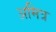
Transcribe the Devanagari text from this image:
अमित्र